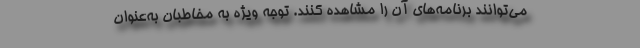
می‌توانند برنامه‌های آن را مشاهده کنند. توجه ویژه به مخاطبان به‌عنوان